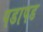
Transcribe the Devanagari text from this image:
पडापड